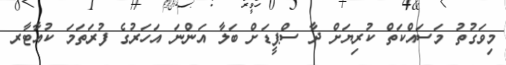
މިވަގުތު މަސައްކަތް ކުރިޔަށް ދާ ސްޕީޑަށް ބަލާ އަންނަ އަހަރުގެ ފުރަތަމަ ކުއާޓާރ